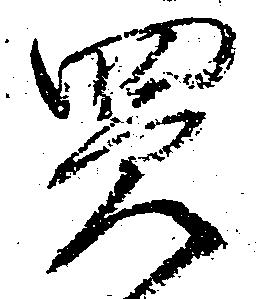
買